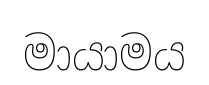
මායාමය